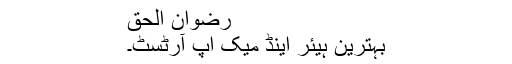
رضوان الحق
بہترین ہیئر اینڈ میک اپ آرٹسٹ۔